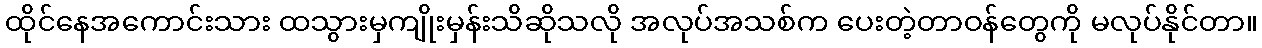
ထိုင်နေအကောင်းသား ထသွားမှကျိုးမှန်းသိဆိုသလို အလုပ်အသစ်က ပေးတဲ့တာဝန်တွေကို မလုပ်နိုင်တာ။